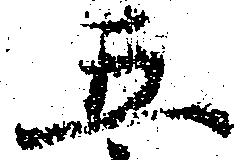
五